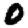
Digit: 0